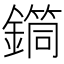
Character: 𨬎